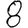
Digit: 8